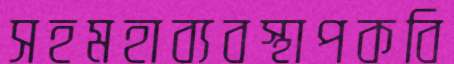
সহমহাব্যবস্থাপকবি